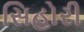
સિહોરી